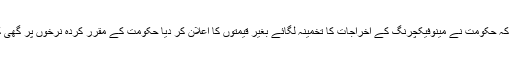
درخواست گذاروں کے وکیل نے موقف اختیار کیا کہ حکومت نے مینوفیکچرنگ کے اخراجات کا تخمینہ لگائے بغیر قیمتوں کا اعلان کر دیا حکومت کے مقرر کردہ نرخوں پر گھی کی فروخت سے ملز مالکان کو شدید نقصان ہو گا۔